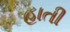
હાતી